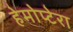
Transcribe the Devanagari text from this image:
हेमोप्टेरा